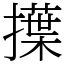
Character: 擛